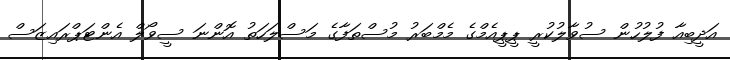
އަދީބިއާ ފުލުހުން ސުވާލުކުރީ ޕީޕީއެމްގެ މެމްބަރު މުސްތަފާގެ މަސްލަހަތު އޮންނަ ސީވޯލް އެންޓަޕްރައިޒަސް